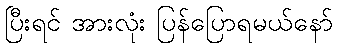
ပြီးရင် အားလုံး ပြန်ပြောရမယ်နော်